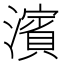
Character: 濱